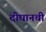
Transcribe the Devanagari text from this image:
दोघानची